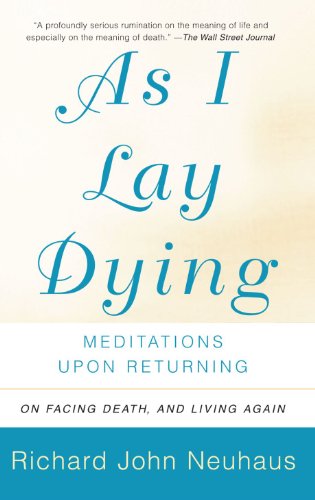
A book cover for As I Lay Dying: Meditations Upon Returning; Richard Neuhaus; Christian Books & Bibles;